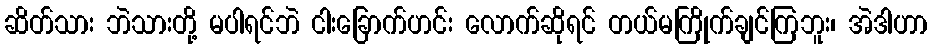
ဆိတ်သား ဘဲသားတို့ မပါရင်ဘဲ ငါးခြောက်ဟင်း လောက်ဆိုရင် တယ်မကြိုက်ချင်ကြဘူး၊ အဲဒါဟာ